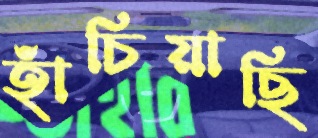
হাঁচিয়াছি